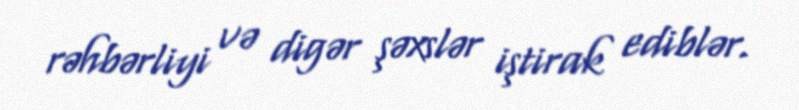
rəhbərliyi və digər şəxslər iştirak ediblər.